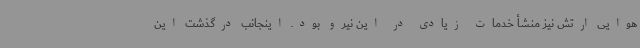
هوایی ارتش نیز منشأ خدمات زیادی در این نیرو بود. اینجانب درگذشت این